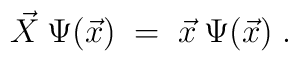
\vec{X} \:\Psi(\vec{x}) \;=\; \vec{x} \:\Psi(\vec{x}) \;.